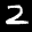
Label: 2